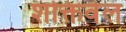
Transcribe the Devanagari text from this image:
शक्तिवेल